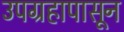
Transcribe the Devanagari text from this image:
उपग्रहापासून